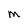
Character: M